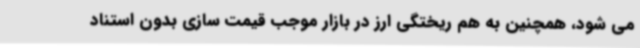
می شود، همچنین به هم ریختگی ارز در بازار موجب قیمت سازی بدون استناد